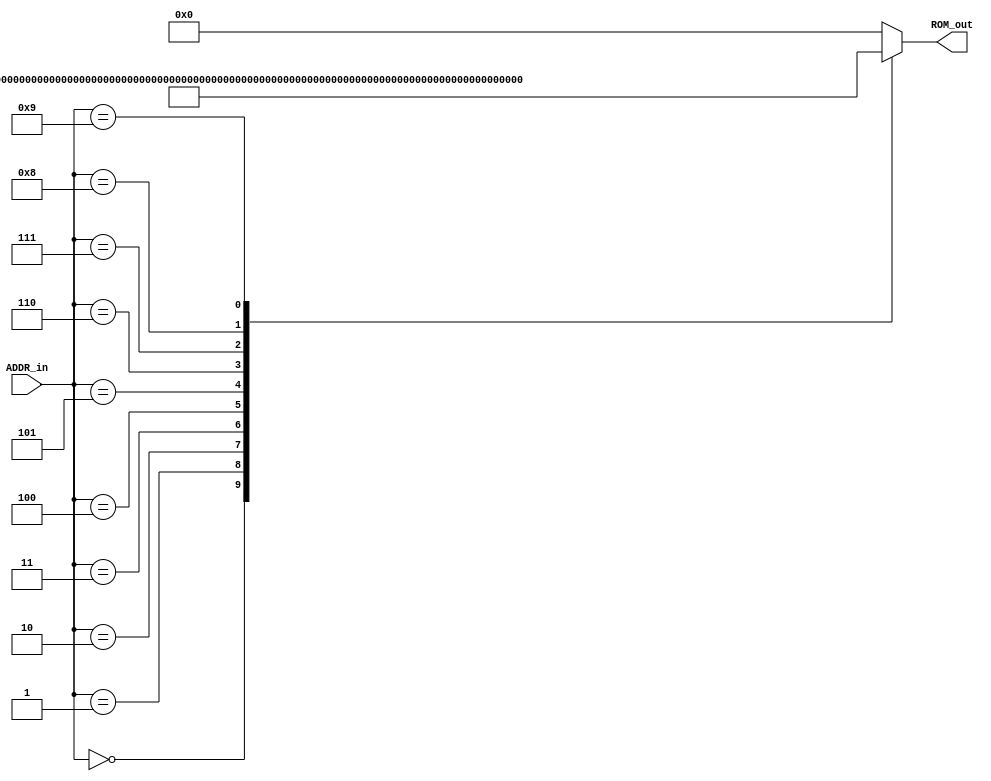
/*
 * DO NOT EDIT THIS FILE, your changes will be overwritten
 * This is an automatically generated file.
 * It was generated with uasm, the microassembler, on
 * Wed Nov 11 14:18:34 2020
 */

/*
 * The assembly file generated a total data width of 45 bits for 
 * 9 fields. The maximum address encountered was 0x7ff, needing 
 * 11 bits
 */

module MICROCODE_ROM (ADDR_in,ROM_out);
   input  [10:0] ADDR_in;
   output [44:0] ROM_out;

   reg    [44:0] ROM_out_r;

   assign ROM_out = ROM_out_r;
   always @(ADDR_in)
     begin
        case(ADDR_in)
          /* START: */
          11'h0: ROM_out_r = 45'b000_000_001_0000_0000_0_0000_0000000000000100_0100000;//R1 = 4
          11'h1: ROM_out_r = 45'b000_000_010_0000_0000_0_0000_0000000000000010_0100000;//R2 = 2
          11'h2: ROM_out_r = 45'b000_000_100_0000_0000_0_0000_0000000000000111_0100000;//R4 = 7
          11'h3: ROM_out_r = 45'b001_010_011_0100_1111_0_0000_0000000000000000_0000000;
          11'h4: ROM_out_r = 45'b000_000_000_0000_0000_0_0010_0000000000000110_0000000;
          11'h5: ROM_out_r = 45'b100_001_100_0011_1111_0_0001_0000000000001001_0000000;
          /* L1: */
          11'h6: ROM_out_r = 45'b000_000_000_0000_0000_0_0101_0000000000001000_0000000;
          11'h7: ROM_out_r = 45'b100_000_100_0001_1100_0_0001_0000000000001001_0000000;
          /* L2: */
          11'h8: ROM_out_r = 45'b100_010_100_0011_1111_0_0000_0000000000000000_0000000;
          /* DONE: */
          11'h9: ROM_out_r = 45'b100_000_000_0000_0000_0_0001_0000000000000000_0000000;
          11'h7ff: ROM_out_r = 45'b000_000_000_0000_0000_0_0000_0000000000000000_0000000;
          default: ROM_out_r = 45'b0;
       endcase
     end
endmodule